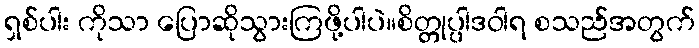
ရှစ်ပါး ကိုသာ ပြောဆိုသွားကြဖို့ပါပဲ။စိတ္တုပ္ပါဒဝါရ စသည်အတွက်